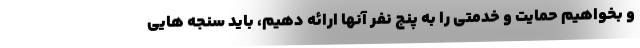
و بخواهیم حمایت و خدمتی را به پنج نفر آنها ارائه دهیم، باید سنجه هایی